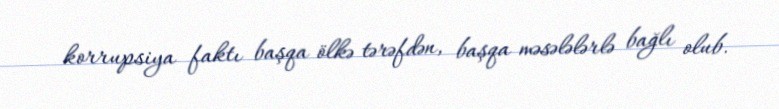
korrupsiya faktı başqa ölkə tərəfdən, başqa məsələlərlə bağlı olub.